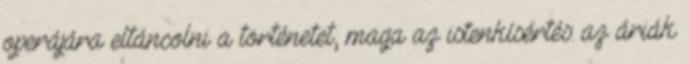
operájára eltáncolni a történetet, maga az istenkísértés: az áriák